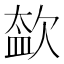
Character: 𣣥